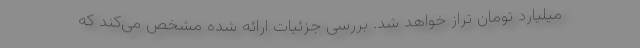
میلیارد تومان تراز خواهد شد. بررسی جزئیات ارائه شده مشخص می‌کند که